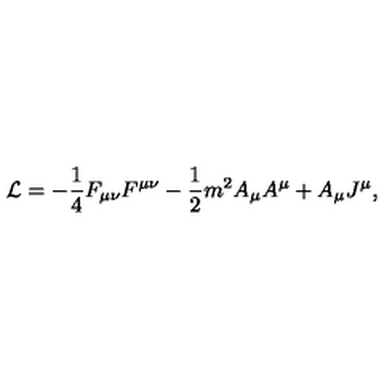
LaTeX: { \cal L } = - \frac { 1 } { 4 } F _ { \mu \nu } F ^ { \mu \nu } - \frac { 1 } { 2 } m ^ { 2 } A _ { \mu } A ^ { \mu } + A _ { \mu } J ^ { \mu } ,